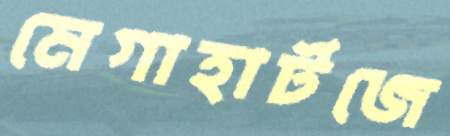
মেগাহার্টজে